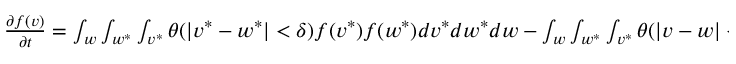
\begin{array} { r } { \frac { \partial f ( v ) } { \partial t } = \int _ { w } \int _ { w ^ { * } } \int _ { v ^ { * } } \theta ( | v ^ { * } - w ^ { * } | < \delta ) f ( v ^ { * } ) f ( w ^ { * } ) d v ^ { * } d w ^ { * } d w - \int _ { w } \int _ { w ^ { * } } \int _ { v ^ { * } } \theta ( | v - w | < \delta ) f ( v ) f ( w ) d v ^ { * } d w ^ { * } d w } \end{array}